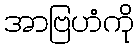
အာဗြဟံကို